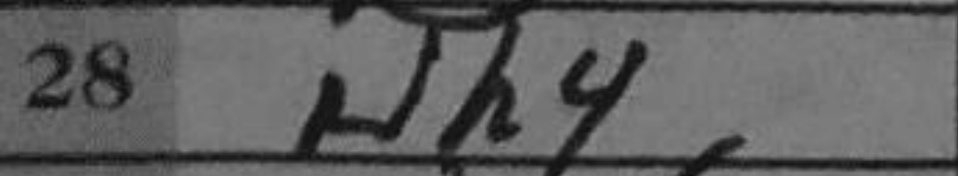
Transcription: Nh4